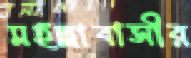
মহল্লাবাসীর